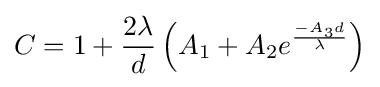
C=1+{\frac {2\lambda }{d}}\left(A_{1}+A_{2}e^{\frac {-A_{3}d}{\lambda }}\right)